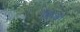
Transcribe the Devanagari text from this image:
किल्वा